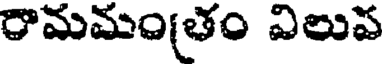
రామమం(తం విలుప